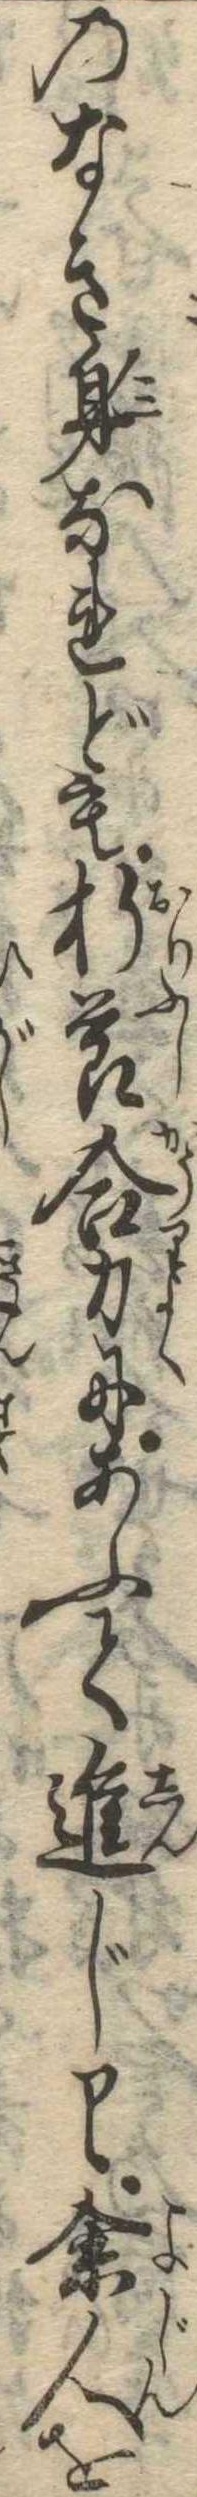
のなき身なれども折節合力にあふて進じ余人を